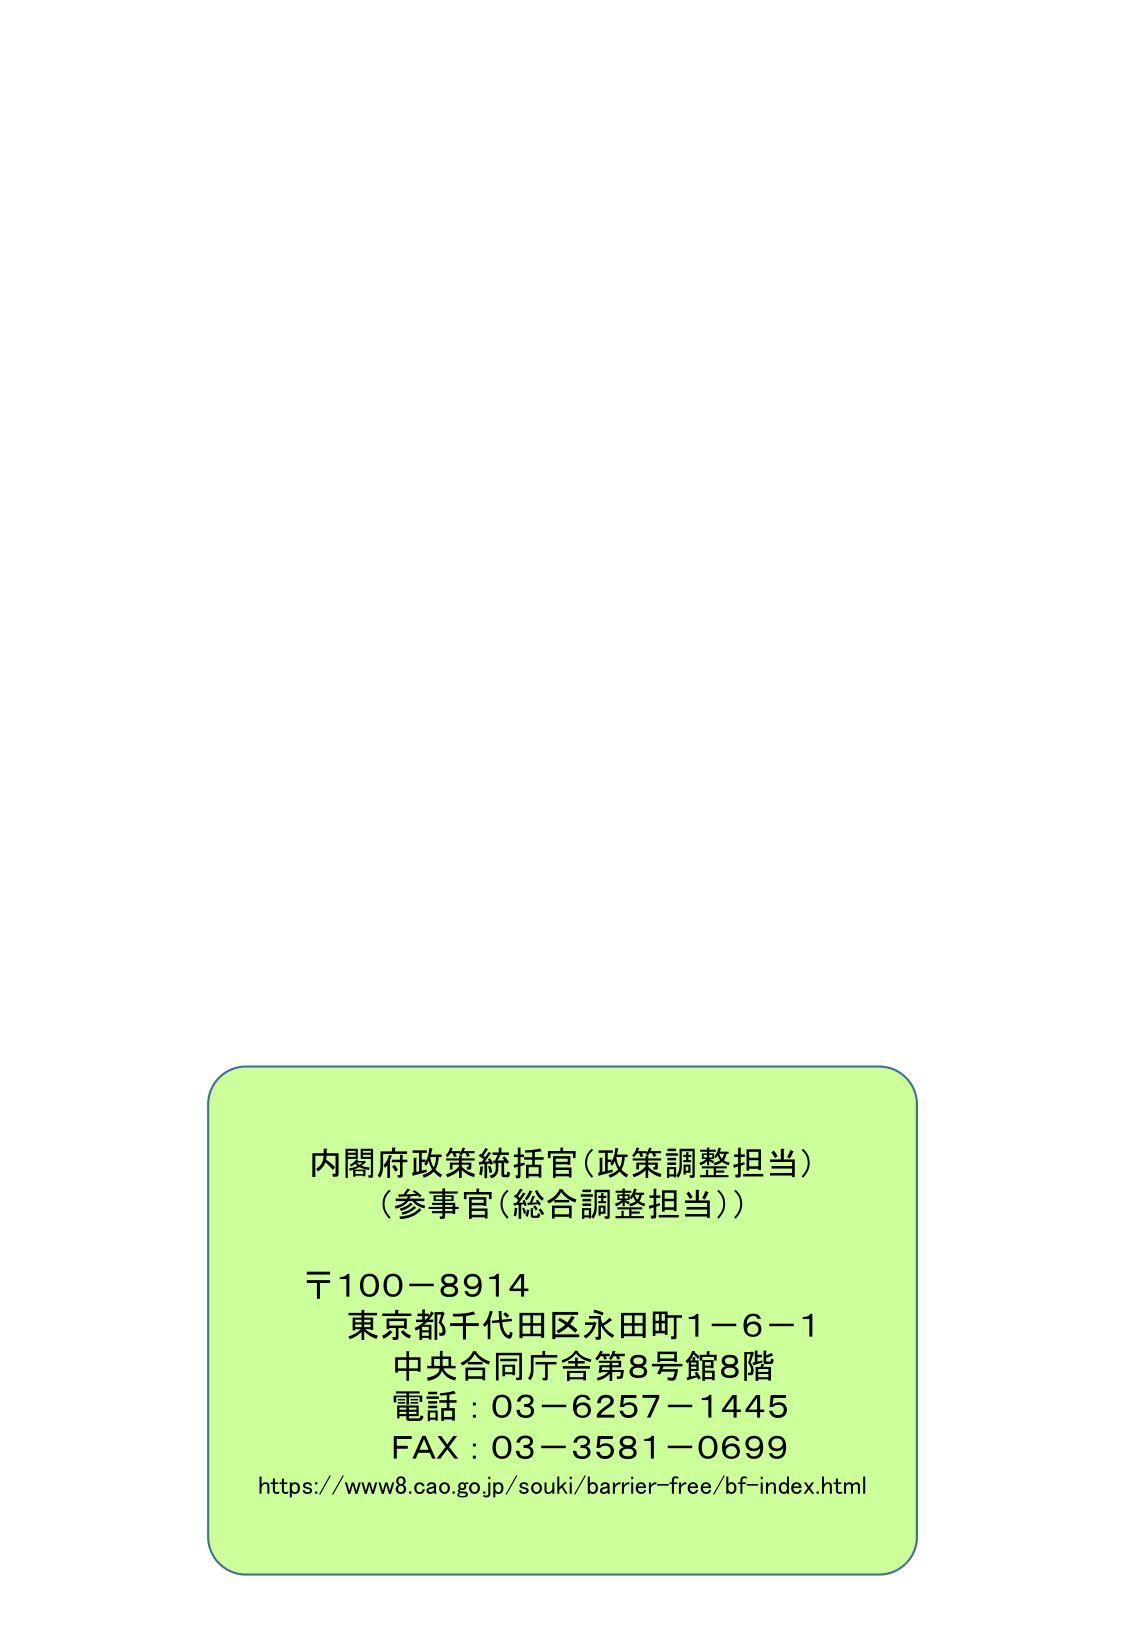
内閣府政策統括官（政策調整担当）
（参事官（総合調整担当））

〒100－8914
東京都千代田区永田町1－6－1
中央合同庁舎第8号館8階
電話：03－6257－1445
FAX：03－3581－0699
https://www8.cao.go.jp/souki/barrier-free/bf-index.html